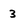
Character: 3